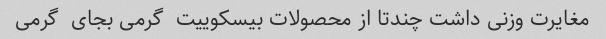
مغایرت وزنی داشت چندتا از محصولات بیسکوییت  گرمی بجای  گرمی